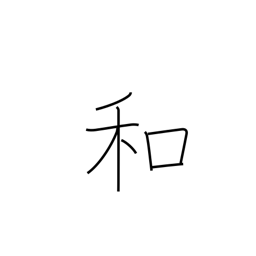
Meaning: soften